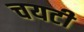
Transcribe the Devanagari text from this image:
चयटी